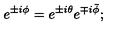
e ^ { \pm i \phi } = e ^ { \pm i \theta } e ^ { \mp i \bar { \phi } } ;